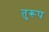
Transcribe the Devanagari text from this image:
तुरूप